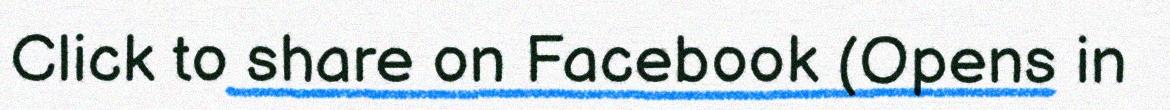
Click to share on Facebook (Opens in